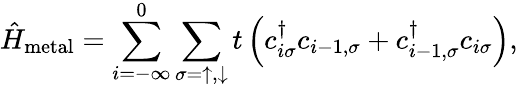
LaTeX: \hat{H}_{\mathrm{metal}}=\sum_{i=-\infty}^{0}\sum_{\sigma=\uparrow,\downarrow}t\left(c_{i\sigma}^{\dagger}c_{i-1,\sigma}+c_{i-1,\sigma}^{\dagger}c_{i\sigma}\right),